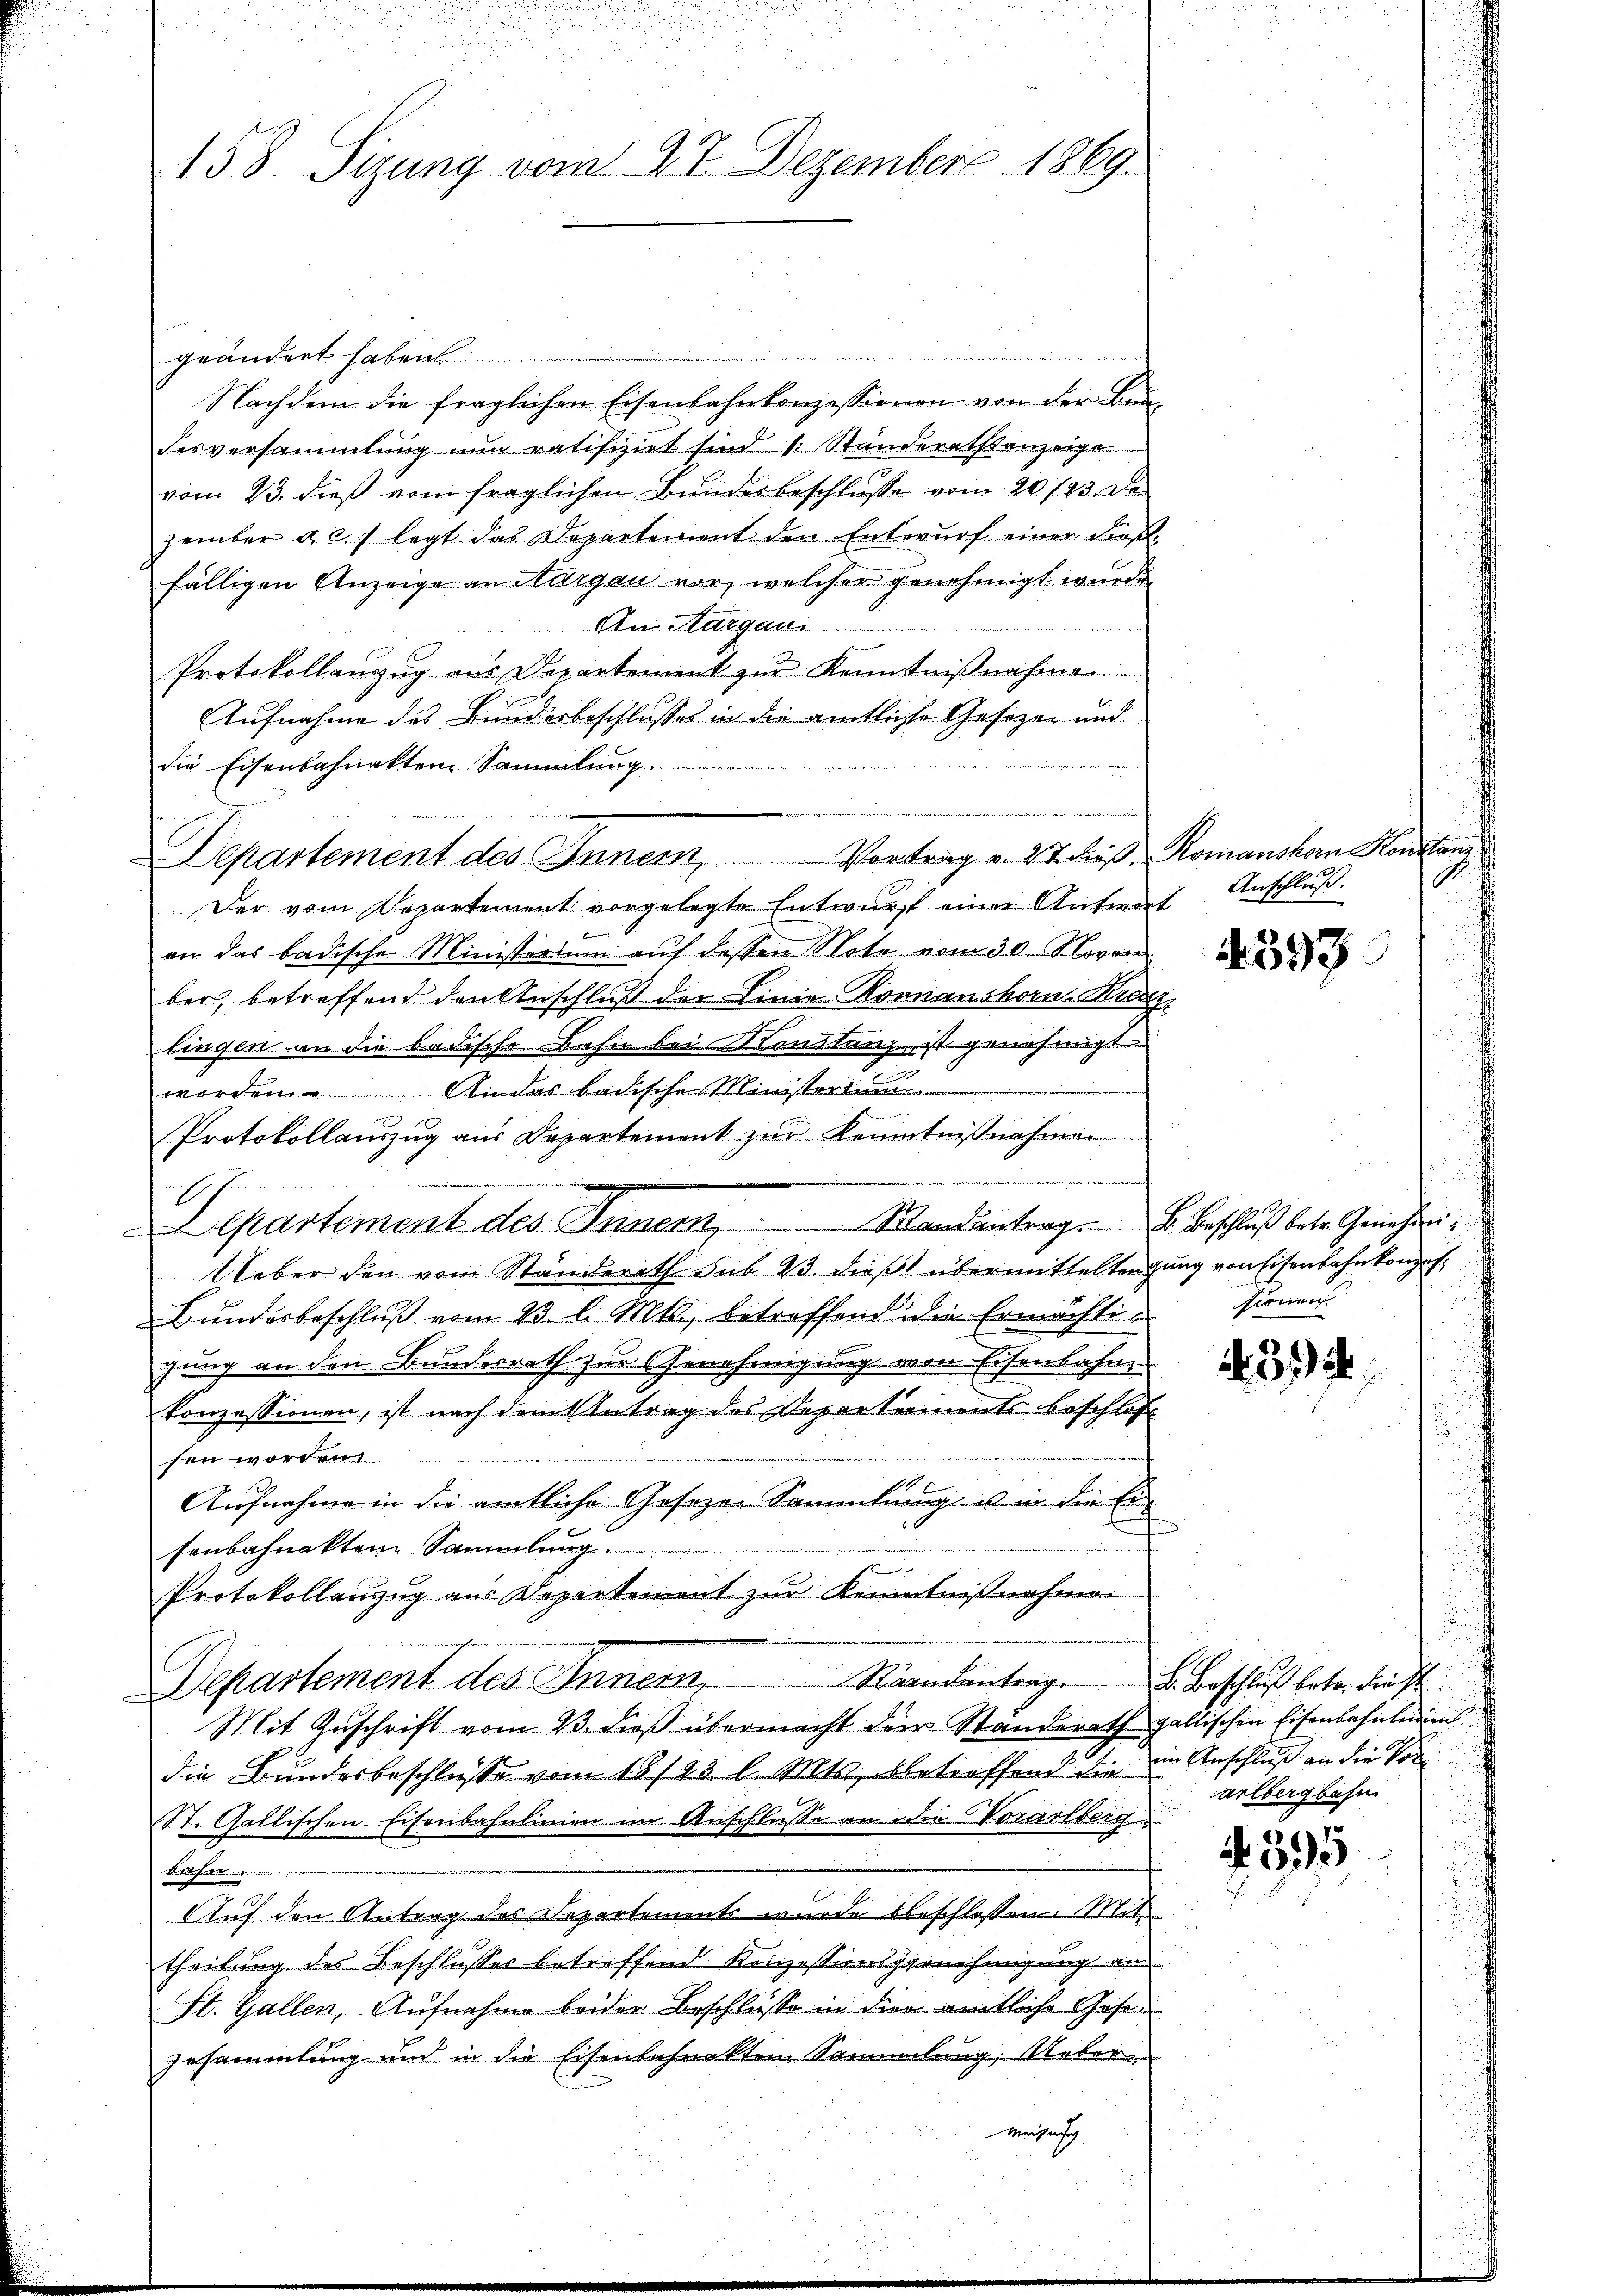
u
158. Sizung vom 27. Dezember 1869.

oelesenen andes
geändert haben.
Nachdem die fraglichen Eisenbahnkonzessionen von der Bundesversammlung nun ratifizirt sind 1. Ständerathsanzeige
vom 23. dieß vom fraglichen Bundesbeschlusse vom 20./23. De
zember a. c. legt das Departement den Entwŭrf einer dies
fälligen Anzeige an Margau vor, welcher genehmigt wurde
An Margau
Protokollanzug aus Departement zŭr Kenntniβnahmen
Aufnahme des Bunderbeschlusses in die amtliche Gesetzer und
die Eisenbahnakten Sammlung
Departement des Innern,
Der vom Departement vorgelegte Entwurf einer Antwort
an das badische Ministerium aŭf dessen Note vom 30. Novem
ber, betreffend den Anschluß der Linie Kornanshorn-Kreizlingen an die badische Bahn bei Konstanz, ist genehmigt.
worden. An das badische Ministorium
Protokollauszug aus Departement zur Kenntnißnahmen
A
Departement des Inner,  ..  ..  Randantrag . . . Beschluß betr. Genehmi¬
Ueber den vom Ständerath sub 23. dieß übermitteltengung von Eisenbahnkonzes
Bunderbeschluß vom 23. l. Mts., betreffend die Ermächtigung an den Bundesrath zur Genehmigung von Eisenbahne
konzessionen, ist nach dem Antrag des Departements beschlos
sen worden
Aufnahme in die amtliche Gesezen Sammlung u in die Einsenbahnakten Sammlung.
Protokollanzug aus Departement zur Kenntnißnahmen
Räandentrag. Beschluß betr. Frist
Departement des Innem
Mit Zuschrift vom 13. dieß übermacht der Standerath gallischen Eisenbahnlagen
die Bundesbeschlusse vom 18/23. l. Mts., betreffend die
St. Gallischen Eisenbahnlinien im Anschlusse an die Vorarlberg
Basen.
Auf den Antrag des Departements wurde beschlossen: Mit
theilung des Beschlusses betreffend Konzessioniggenehmigung an
St. Gallen, Aufnahme beider Beschlüsse in die amtliche Gese
zusammlung und in die Eisenbefunkten Sammlung, Ueberei
Weisensch

Vortrag u. 27. Faß, Romanshorn Konstanz
Anschluß.

4393

sionen.

312

ein Anschluß an die von
arlbergbahn

4 595